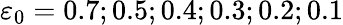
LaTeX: \varepsilon_{0}=0.7;0.5;0.4;0.3;0.2;0.1